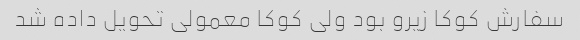
سفارش کوکا زیرو بود ولی کوکا معمولی تحویل داده شد